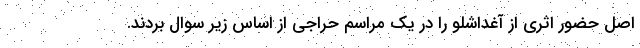
اصل حضور اثری از آغداشلو را در یک مراسم حراجی از اساس زیر سوال بردند.